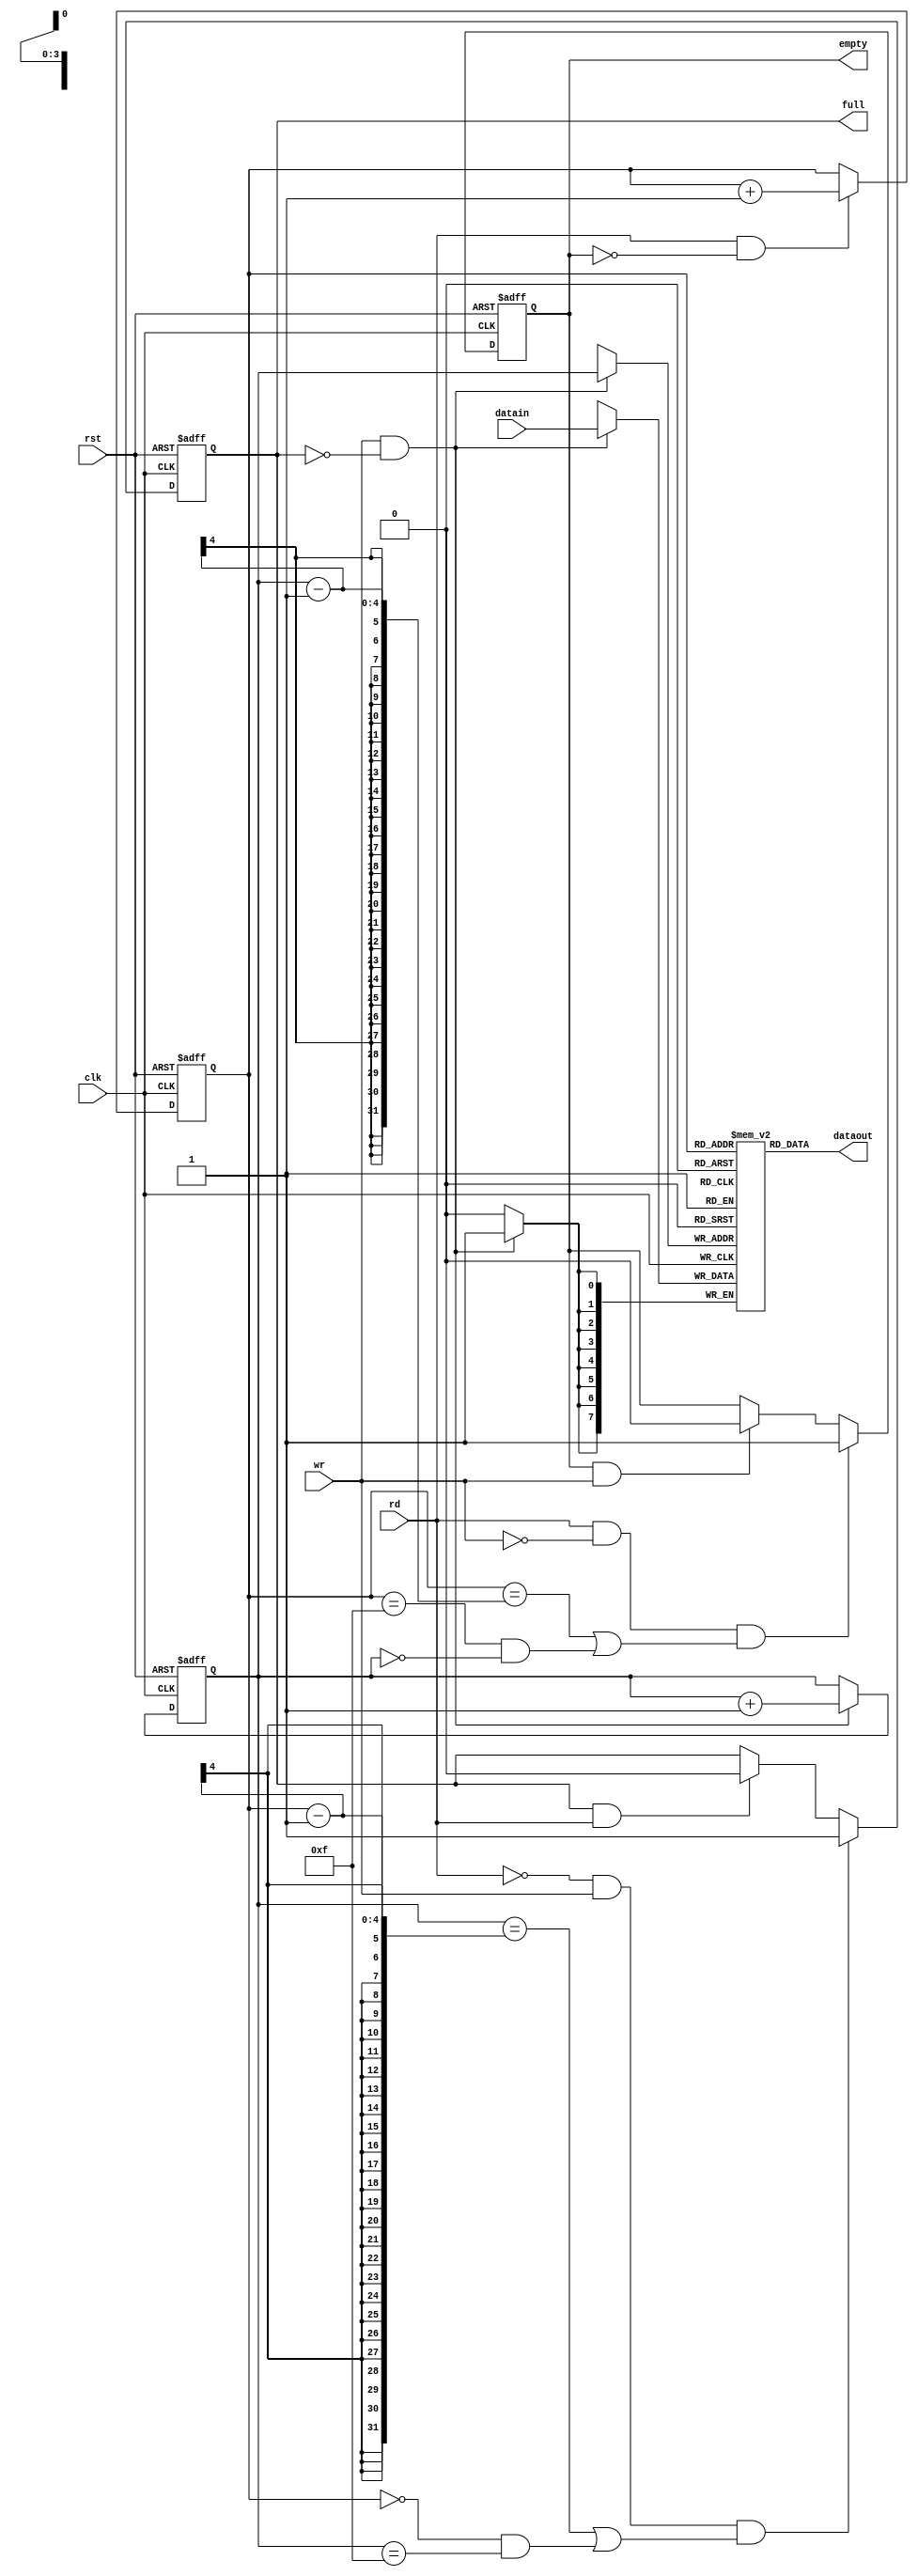
module fifo_42(datain, rd, wr, rst, clk, dataout, full, empty);
input [7:0] datain;
input rd, wr, rst, clk;
output [7:0] dataout;
output full, empty;
wire [7:0] dataout;
reg full_in, empty_in;
reg [7:0] mem [15:0];
reg [3:0] rp, wp;
assign full = full_in;
assign empty = empty_in;
assign dataout = mem[rp];
always@(posedge clk) begin
    if(wr && ~full_in) mem[wp]<=datain;
end
always@(posedge clk or negedge rst) begin
    if(!rst) wp<=0;
    else begin
      if(wr && ~full_in) wp<= wp+1'b1;
    end
end
always@(posedge clk or negedge rst)begin
    if(!rst) rp <= 0;
    else begin
      if(rd && ~empty_in) rp <= rp + 1'b1;
    end
end
always@(posedge clk or negedge rst) begin
    if(!rst) full_in <= 1'b0;
    else begin
      if( (~rd && wr)&&((wp==rp-1)||(rp==4'h0&&wp==4'hf)))
          full_in <= 1'b1;
      else if(full_in && rd) full_in <= 1'b0;
    end
end
always@(posedge clk or negedge rst) begin
    if(!rst) empty_in <= 1'b1;
    else begin
      if((rd&&~wr)&&(rp==wp-1 || (rp==4'hf&&wp==4'h0)))
        empty_in<=1'b1;
      else if(empty_in && wr) empty_in<=1'b0;
    end
end
endmodule